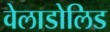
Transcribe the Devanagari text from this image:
वेलाडोलिड